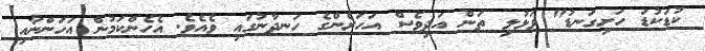
ކުޑަކުޑަ ހަށިގަނޑު" ވަޅުލި ތަން އަދިވެސް އަހަރެންގެ ހަނދާނުގައި ވެއެވެ. އެހެންކަމުން އަހަންނާއި